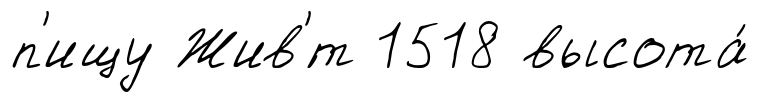
п'ищу Жив'́т 1518 высота́